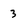
Character: 3